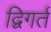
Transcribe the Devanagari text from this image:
द्विगर्त